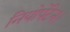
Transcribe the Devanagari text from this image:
नियोपेंटेन।